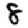
Digit: 8